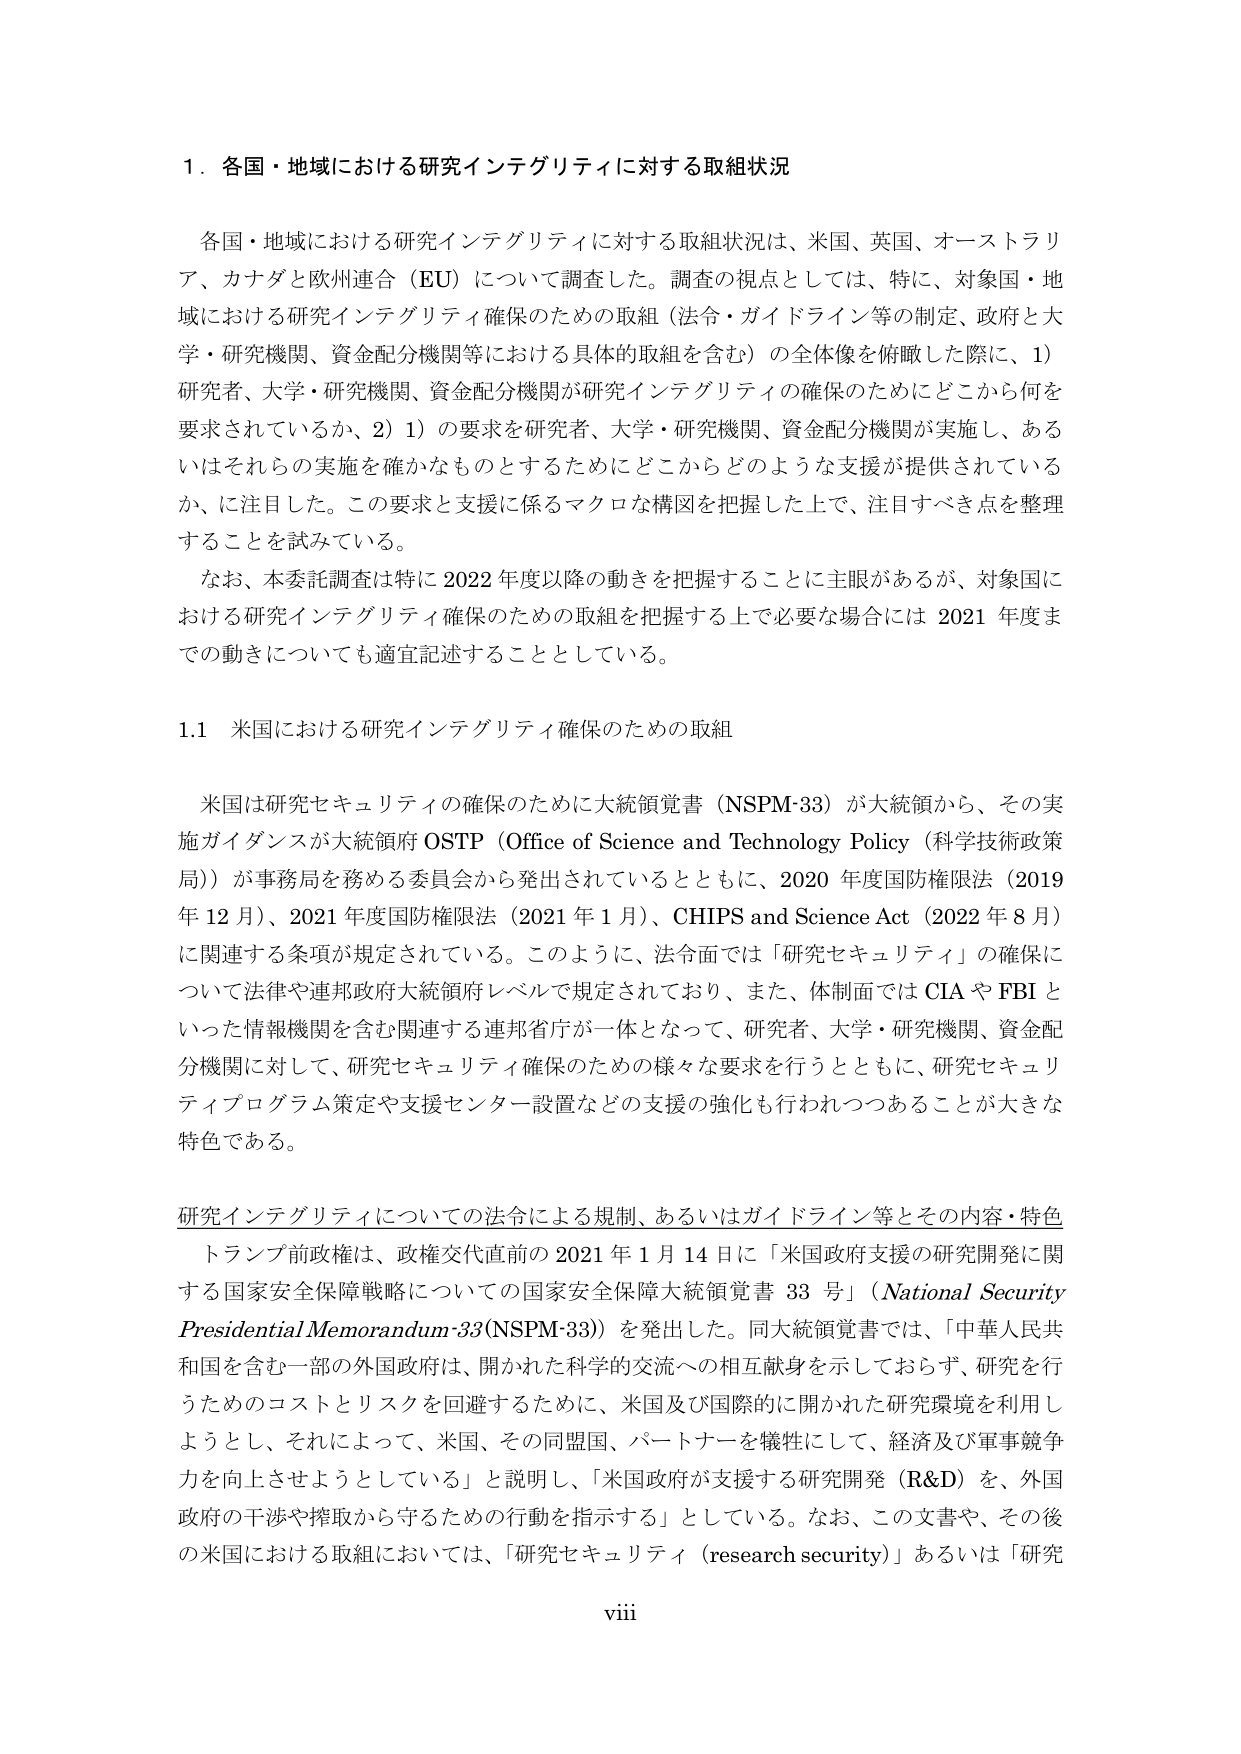
1．各国・地域における研究インテグリティに対する取組状況

各国・地域における研究インテグリティに対する取組状況は、米国、英国、オーストラリア、カナダと欧州連合（EU）について調査した。調査の視点としては、特に、対象国・地域における研究インテグリティ確保のための取組（法令・ガイドライン等の制定、政府と大学・研究機関、資金配分機関等における具体的取組を含む）の全体像を俯瞰した際に、1）研究者、大学・研究機関、資金配分機関が研究インテグリティの確保のためにどこから何を要求されているか、2）1）の要求を研究者、大学・研究機関、資金配分機関が実施し、あるいはそれらの実施を確かなものとするためにどこからどのような支援が提供されているか、に注目した。この要求と支援に係るマクロな構図を把握した上で、注目すべき点を整理することを試みている。

なお、本委託調査は特に2022年度以降の動きを把握することに主眼があるが、対象国における研究インテグリティ確保のための取組を把握する上で必要な場合には2021年度までの動きについても適宜記述することとしている。

1.1 米国における研究インテグリティ確保のための取組

米国は研究セキュリティの確保のために大統領覚書（NSPM-33）が大統領から、その実施ガイダンスが大統領府OSTP（Office of Science and Technology Policy（科学技術政策局））が事務局を務める委員会から発出されているとともに、2020年度国防権限法（2019年12月）、2021年度国防権限法（2021年1月）、CHIPS and Science Act（2022年8月）に関連する条項が規定されている。このように、法令面では「研究セキュリティ」の確保について法律や連邦政府大統領府レベルで規定されており、また、体制面ではCIAやFBIといった情報機関を含む関連する連邦省庁が一体となって、研究者、大学・研究機関、資金配分機関に対して、研究セキュリティ確保のための様々な要求を行うとともに、研究セキュリティプログラム策定や支援センター設置などの支援の強化も行われつつあることが大きな特色である。

研究インテグリティについての法令による規制、あるいはガイドライン等とその内容・特色

トランプ前政権は、政権交代直前の2021年1月14日に「米国政府支援の研究開発に関する国家安全保障戦略についての国家安全保障大統領覚書33号」（National Security Presidential Memorandum-33(NSPM-33)）を発出した。同大統領覚書では、「中華人民共和国を含む一部の外国政府は、開かれた科学的交流への相互献身を示しておらず、研究を行うためのコストとリスクを回避するために、米国及び国際的に開かれた研究環境を利用しようとして、それによって、米国、その同盟国、パートナーを犠牲にして、経済及び軍事競争力を向上させようとしている」と説明し、「米国政府が支援する研究開発（R&D）を、外国政府の干渉や搾取から守るための行動を指示する」としている。なお、この文書や、その後の米国における取組においては、「研究セキュリティ（research security）」あるいは「研究

viii